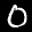
Label: 0